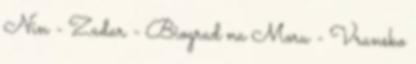
Nin - Zadar - Biograd na Moru - Vransko